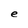
Character: e